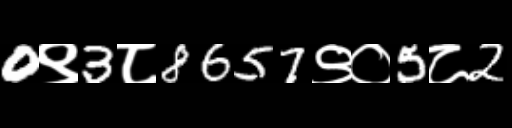
Text: 0९3८8657९०5८2